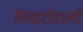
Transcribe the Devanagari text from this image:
विचारोंवाली